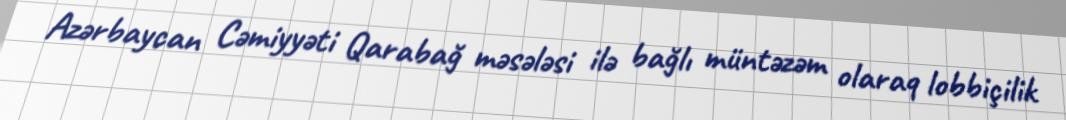
Azərbaycan Cəmiyyəti Qarabağ məsələsi ilə bağlı müntəzəm olaraq lobbiçilik